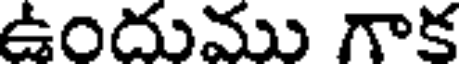
ఉందుము గాక